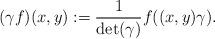
LaTeX: \begin{align*}(\gamma f)(x,y) := \frac{1}{\det(\gamma)}f((x,y)\gamma).\end{align*}